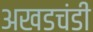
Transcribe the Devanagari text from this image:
अखडचंडी